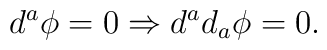
d^{a}\phi =0\Rightarrow d^{a}d_{a}\phi =0.